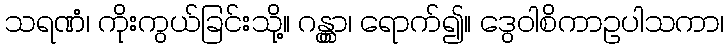
သရဏံ၊ ကိုးကွယ်ခြင်းသို့။ ဂန္တွာ၊ ရောက်၍။ ဒွေဝါစိကာဥပါသကာ၊